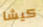
كيشا